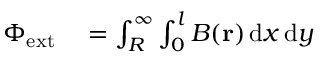
\begin{array} { r l } { \Phi _ { \mathrm { e x t } } } & { { } = \int _ { R } ^ { \infty } \int _ { 0 } ^ { l } B ( \mathbf { r } ) \, \mathrm { d } x \, \mathrm { d } y } \end{array}